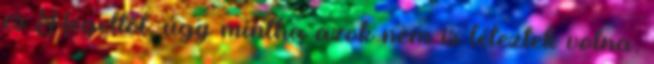
és Hegeltől, úgy mintha azok nem is léteztek volna.